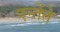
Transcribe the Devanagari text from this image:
एन्तेंते